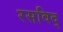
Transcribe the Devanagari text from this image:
रसविद्